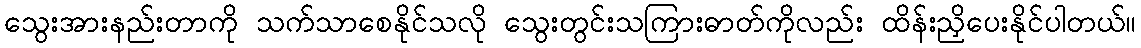
သွေးအားနည်းတာကို သက်သာစေနိုင်သလို သွေးတွင်းသကြားဓာတ်ကိုလည်း ထိန်းညှိပေးနိုင်ပါတယ်။